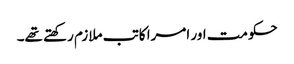
حکومت اور امرا کاتب ملازم رکھتے تھے۔